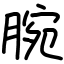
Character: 腕